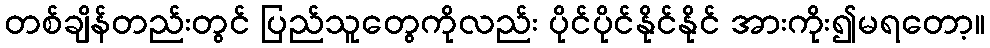
တစ်ချိန်တည်းတွင် ပြည်သူတွေကိုလည်း ပိုင်ပိုင်နိုင်နိုင် အားကိုး၍မရတော့။